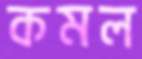
কমল